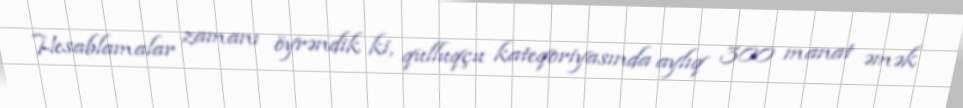
Hesablamalar zamanı öyrəndik ki, qulluqçu kateqoriyasında aylıq 300 manat əmək